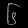
Digit: ၆